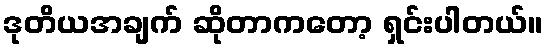
ဒုတိယအချက် ဆိုတာကတော့ ရှင်းပါတယ်။